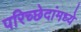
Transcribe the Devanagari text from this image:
परिच्छेदांमध्ये